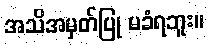
အသိအမှတ်ပြု မခံရဘူး။